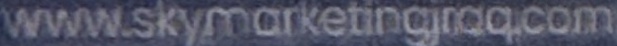
www.skymarketinhjnaq.com